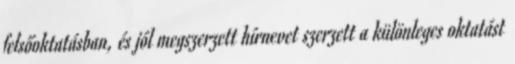
felsőoktatásban, és jól megszerzett hírnevet szerzett a különleges oktatást